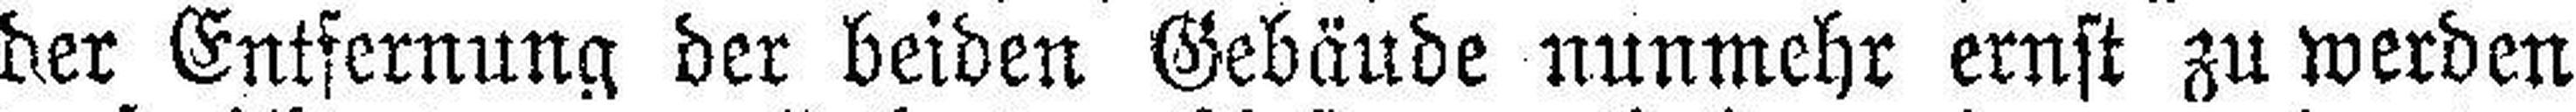
der Entfernung der beiden Gebäude nunmehr ernst zu werden